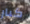
كبار